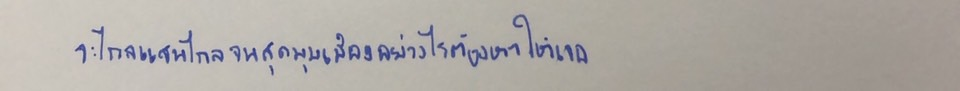
จะไกลแสนไกลจนสุดมุมเมืองอย่างไรต้องหาให้เจอ